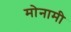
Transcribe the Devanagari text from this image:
मोनामी